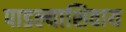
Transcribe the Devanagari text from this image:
पाडल्याशिवाय